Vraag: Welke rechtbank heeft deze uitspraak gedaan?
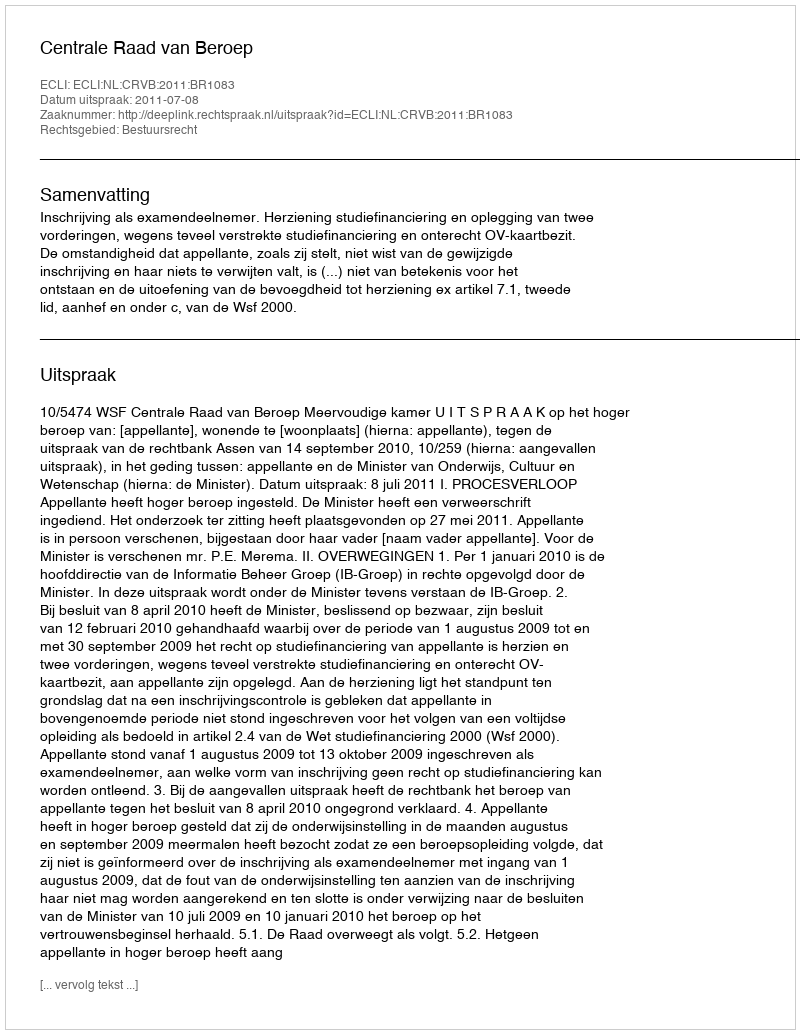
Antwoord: Centrale Raad van Beroep